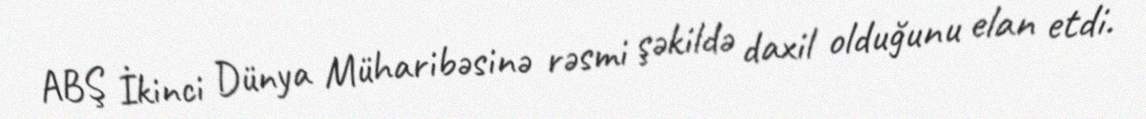
ABŞ İkinci Dünya Müharibəsinə rəsmi şəkildə daxil olduğunu elan etdi.